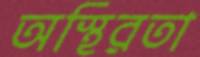
অস্থিরতা